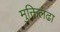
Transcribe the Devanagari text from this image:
मुक्तिलढा